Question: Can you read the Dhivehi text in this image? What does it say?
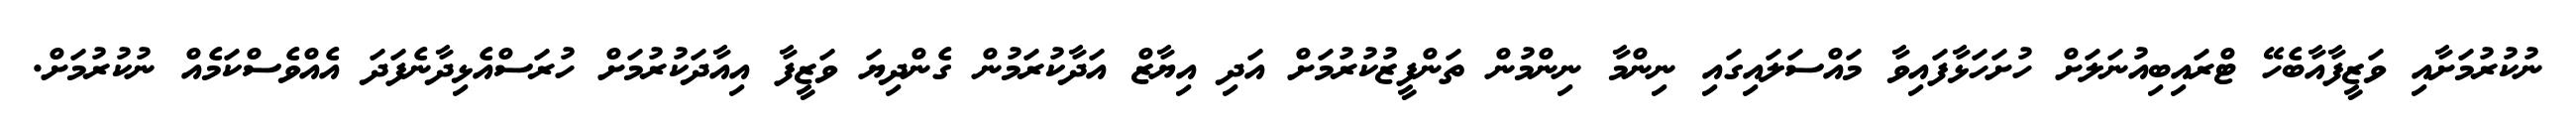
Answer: ނުކުރުމަށާއި ވަޒީފާއާބެހޭ ޓްރައިބިއުނަލަށް ހުށަހަޅާފައިވާ މައްސަލައިގައި ނިންމާ ނިންމުން ތަންފީޒުކުރުމަށް އަދި އިޔާޒް އަދާކުރަމުން ގެންދިޔަ ވަޒީފާ އިއާދަކުރުމަށް ހުރަސްއެޅިދާނެފަދަ އެއްވެސްކަމެއް ނުކުރުމަށް.